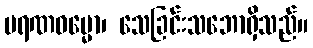
မရဏဓမ္မော၊ သေခြင်းသဘောရှိသည်။